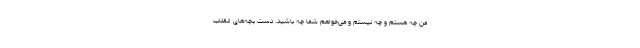
من چه هستم و چه نیستم و می‌خواهم شما چه باشید. دست بچه‌های انقلاب